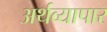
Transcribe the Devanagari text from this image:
अर्थव्यापार